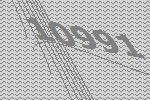
10991